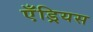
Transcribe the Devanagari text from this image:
एँड्रियस